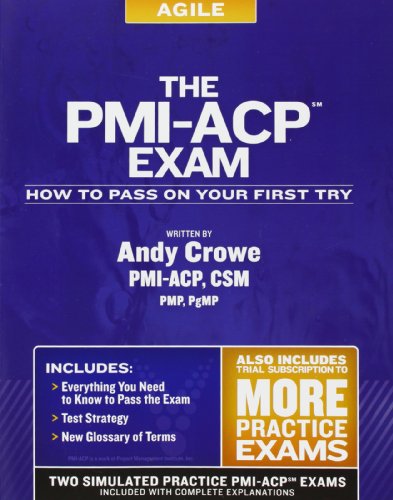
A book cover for The PMI-ACP Exam: How To Pass On Your First Try (Test Prep series); Andy Crowe PMP  PgMP; Business & Money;